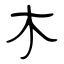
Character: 木